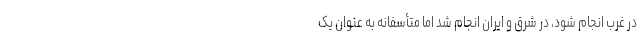
در غرب انجام شود، در شرق و ایران انجام شد اما متأسفانه به عنوان یک